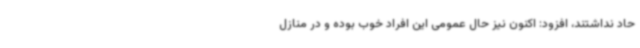
حاد نداشتند، افزود: اکنون نیز حال عمومی این افراد خوب بوده و در منازل